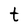
Character: t